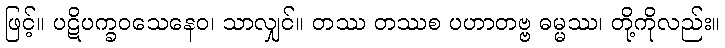
ဖြင့်။ ပဋိပက္ခဝသေနေဝ၊ သာလျှင်။ တဿ တဿစ ပဟာတဗ္ဗ ဓမ္မဿ၊ တို့ကိုလည်း။